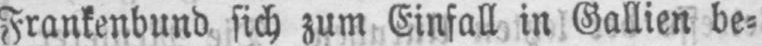
Frankenbund sich zum Einfall in Gallien be⸗